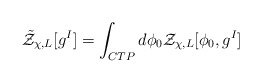
\begin{align*}{\tilde {\cal Z}}_{\chi,L}[g^I] = \int_{CTP} d\phi_0 {\cal Z}_{\chi,L}[\phi_0, g^I] \end{align*}